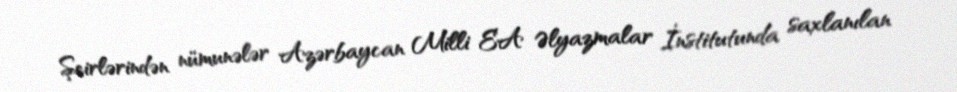
Şeirlərindən nümunələr Azərbaycan Milli EA Əlyazmalar İnstitutunda saxlanılan